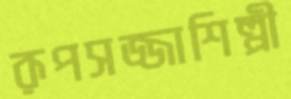
রূপসজ্জাশিল্পী